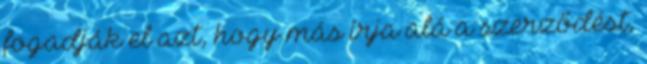
fogadják el azt, hogy más írja alá a szerződést,